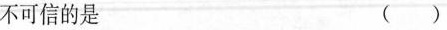
不可信的是 ()